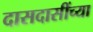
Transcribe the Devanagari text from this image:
दासदासींच्या